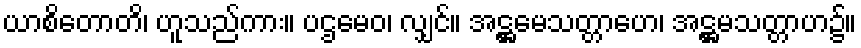
ယာစိတောတိ၊ ဟူသည်ကား။ ပဌမေဝ၊ လျှင်။ အဋ္ဌမေသတ္တာဟေ၊ အဋ္ဌမသတ္တာဟ၌။